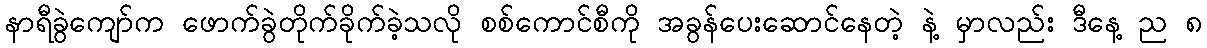
နာရီခွဲကျော်က ဖောက်ခွဲတိုက်ခိုက်ခဲ့သလို စစ်ကောင်စီကို အခွန်ပေးဆောင်နေတဲ့ နဲ့ မှာလည်း ဒီနေ့ ည ၈